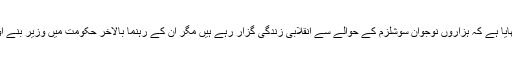
قرۃ العین حیدر نے اپنے ناول ’’آخرِ شب کے ہمسفر‘‘ میں دکھایا ہے کہ ہزاروں نوجوان سوشلزم کے حوالے سے انقلابی زندگی گزار رہے ہیں مگر ان کے رہنما بالآخر حکومت میں وزیر بنے اور بڑے بڑے گھروں میں زندگیاں بسر کرتے نظر آرہے ہیں۔